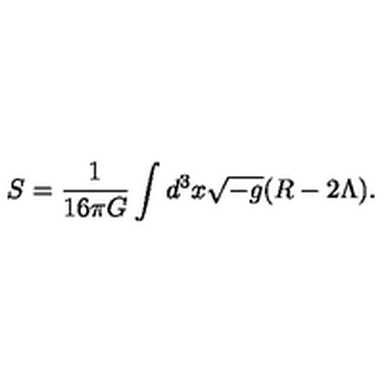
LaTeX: S = \frac { 1 } { 1 6 \pi G } \int d ^ { 3 } x \sqrt { - g } ( R - 2 \Lambda ) .